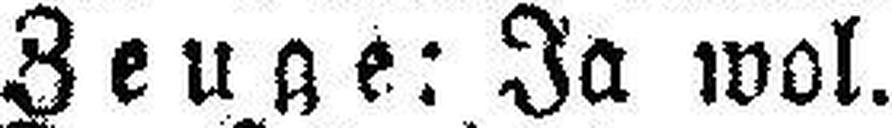
Zeuge: Ja wol.